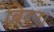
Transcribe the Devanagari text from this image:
बिदर।